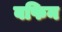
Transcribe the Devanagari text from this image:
बफिन